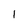
Character: 1